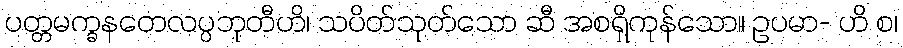
ပတ္တမက္ခနတေလပ္ပဘုတီဟိ၊ သပိတ်သုတ်သော ဆီ အစရှိကုန်သော။ ဥပမာ- ဟိ စ၊